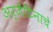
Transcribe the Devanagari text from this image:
अर्जेंटिनाचे